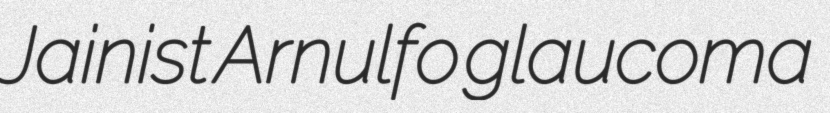
Jainist Arnulfo glaucoma